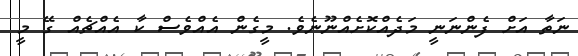
ނަތާ އަށް ފެންނަނީ މަދެއްކޮށެއްނޫނެވެ. މީގެން އެއްވެސް ކާ އެއްޗެއް ގޭ މީ